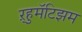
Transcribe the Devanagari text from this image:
ऱ्हुमॅटिझम